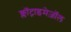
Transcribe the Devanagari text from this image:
क्लॉट्राइमेज़ॉल